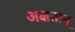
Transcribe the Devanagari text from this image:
अक्षतान्